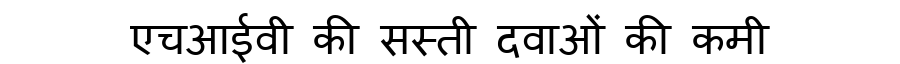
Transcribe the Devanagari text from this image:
एचआईवी की सस्ती दवाओं की कमी